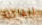
الفاتنة